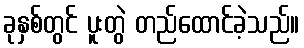
ခုနှစ်တွင် ပူးတွဲ တည်ထောင်ခဲ့သည်။